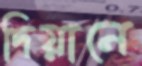
দিয়ানে